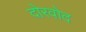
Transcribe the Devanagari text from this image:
दोरवोद